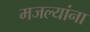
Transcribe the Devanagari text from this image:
मजल्यांना